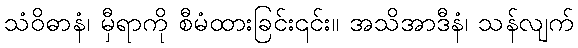
သံဝိဓာနံ၊ မှီရာကို စီမံထားခြင်း၎င်း။ အသိအာဒီနံ၊ သန်လျက်